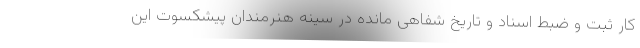
کار ثبت و ضبط اسناد و تاریخ شفاهی مانده در سینه هنرمندان پیشکسوت این